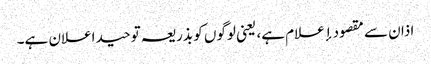
اذان سے مقصود إعلام ہے، یعنی لوگوں کو بذریعہ توحید اعلان ہے۔